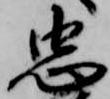
忠